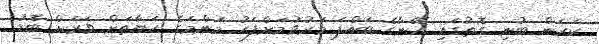
ކަރަން ބުނި ގޮތުގައި އޭނާގެ ބައްޕަ މަރުވުމަށްފަހު މަންމަގެ ހަޔާތަށް ވަރަށް ބޮޑު